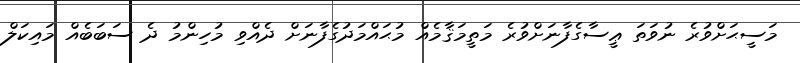
މަސީޙަށްވުރެ ނުވަތަ ޢީސާގެފާނަށްވުރެ މަތީމަޤާމެއް މުޙައްމަދުގެފާނަށް ދެއްވި މުހިންމު ދެ ސަބަބެއް މައިކަލް